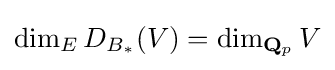
\dim _{E}D_{B_{\ast }}(V)=\dim _{\mathbf {Q} _{p}}V